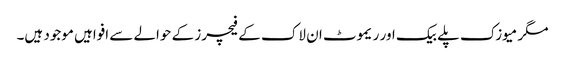
مگر میوزک پلے بیک اور ریموٹ ان لاک کے فیچرز کے حوالے سے افواہیں موجود ہیں۔